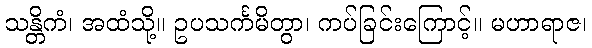
သန္တိကံ၊ အထံသို့။ ဥပသင်္ကမိတွာ၊ ကပ်ခြင်းကြောင့်။ မဟာရာဇ၊